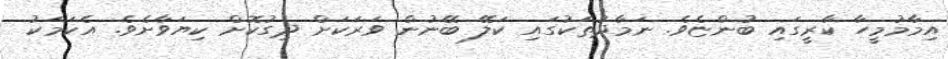
އިމާމުމީހާ ކާރީގައި ބުންޏެވެ. ނަމާދުތަކުގައި ކަލޭ ބޭނުން ވަރަކަށް ދިގުކޮށް ކިޔަވާށެވެ. އެކަމަކު